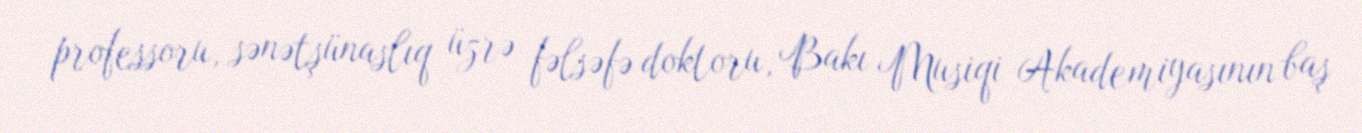
professoru, sənətşünaslıq üzrə fəlsəfə doktoru, Bakı Musiqi Akademiyasının baş